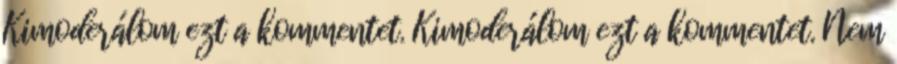
Kimoderálom ezt a kommentet. Kimoderálom ezt a kommentet. Nem